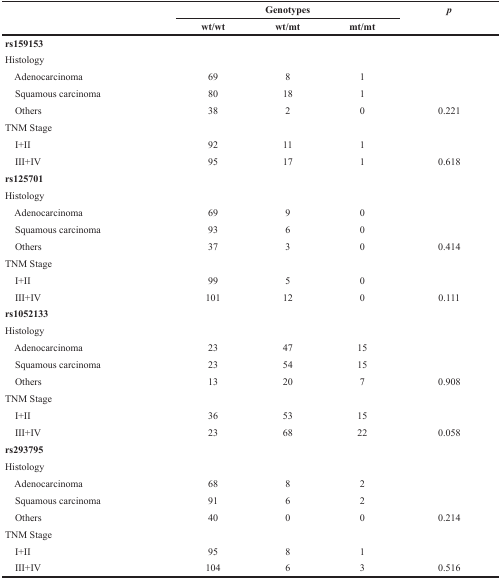
<table><thead><tr><td rowspan="2"></td><td colspan="3"><b>Genotypes</b></td><td rowspan="2"><b><i>p</i></b></td></tr><tr><td><b>wt/wt</b></td><td><b>wt/mt</b></td><td><b>mt/mt</b></td></tr></thead><tbody><tr><td colspan="5"><b>rs159153</b></td></tr><tr><td colspan="5">Histology</td></tr><tr><td> Adenocarcinoma</td><td>69</td><td>8</td><td>1</td><td></td></tr><tr><td> Squamous carcinoma</td><td>80</td><td>18</td><td>1</td><td></td></tr><tr><td> Others</td><td>38</td><td>2</td><td>0</td><td>0.221</td></tr><tr><td colspan="5">TNM Stage</td></tr><tr><td> I+II</td><td>92</td><td>11</td><td>1</td><td></td></tr><tr><td> III+IV</td><td>95</td><td>17</td><td>1</td><td>0.618</td></tr><tr><td colspan="5"><b>rs125701</b></td></tr><tr><td colspan="5">Histology</td></tr><tr><td> Adenocarcinoma</td><td>69</td><td>9</td><td>0</td><td></td></tr><tr><td> Squamous carcinoma</td><td>93</td><td>6</td><td>0</td><td></td></tr><tr><td> Others</td><td>37</td><td>3</td><td>0</td><td>0.414</td></tr><tr><td colspan="5">TNM Stage</td></tr><tr><td> I+II</td><td>99</td><td>5</td><td>0</td><td></td></tr><tr><td> III+IV</td><td>101</td><td>12</td><td>0</td><td>0.111</td></tr><tr><td colspan="5"><b>rs1052133</b></td></tr><tr><td colspan="5">Histology</td></tr><tr><td> Adenocarcinoma</td><td>23</td><td>47</td><td>15</td><td></td></tr><tr><td> Squamous carcinoma</td><td>23</td><td>54</td><td>15</td><td></td></tr><tr><td> Others</td><td>13</td><td>20</td><td>7</td><td>0.908</td></tr><tr><td colspan="5">TNM Stage</td></tr><tr><td> I+II</td><td>36</td><td>53</td><td>15</td><td></td></tr><tr><td> III+IV</td><td>23</td><td>68</td><td>22</td><td>0.058</td></tr><tr><td colspan="5"><b>rs293795</b></td></tr><tr><td colspan="5">Histology</td></tr><tr><td> Adenocarcinoma</td><td>68</td><td>8</td><td>2</td><td></td></tr><tr><td> Squamous carcinoma</td><td>91</td><td>6</td><td>2</td><td></td></tr><tr><td> Others</td><td>40</td><td>0</td><td>0</td><td>0.214</td></tr><tr><td colspan="5">TNM Stage</td></tr><tr><td> I+II</td><td>95</td><td>8</td><td>1</td><td></td></tr><tr><td> III+IV</td><td>104</td><td>6</td><td>3</td><td>0.516</td></tr></tbody></table>